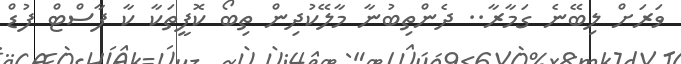
ވަރަށް ލިބޭނެ ގަމާރާ.. ދެންތިބުނާ މާލޭކުދިން ތިބޯ ކޮފީތަކާ ކާ ފާސްޓް ފުޑް